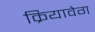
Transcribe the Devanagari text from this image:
क्रियावेग